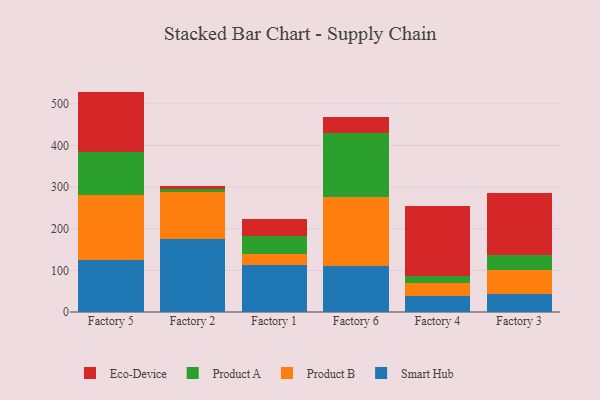
{"axis": {"x": "Factory", "y": "Shipments"}, "legend": ["Eco-Device", "Product A", "Product B", "Smart Hub"], "data": [{"x": "Factory 5", "y": 125.6, "type": "Smart Hub"}, {"x": "Factory 5", "y": 155.3, "type": "Product B"}, {"x": "Factory 5", "y": 104.4, "type": "Product A"}, {"x": "Factory 5", "y": 144.1, "type": "Eco-Device"}, {"x": "Factory 2", "y": 175.6, "type": "Smart Hub"}, {"x": "Factory 2", "y": 113.3, "type": "Product B"}, {"x": "Factory 2", "y": 7.5, "type": "Product A"}, {"x": "Factory 2", "y": 6.3, "type": "Eco-Device"}, {"x": "Factory 1", "y": 113.0, "type": "Smart Hub"}, {"x": "Factory 1", "y": 25.5, "type": "Product B"}, {"x": "Factory 1", "y": 43.0, "type": "Product A"}, {"x": "Factory 1", "y": 41.7, "type": "Eco-Device"}, {"x": "Factory 6", "y": 110.9, "type": "Smart Hub"}, {"x": "Factory 6", "y": 165.3, "type": "Product B"}, {"x": "Factory 6", "y": 154.9, "type": "Product A"}, {"x": "Factory 6", "y": 37.1, "type": "Eco-Device"}, {"x": "Factory 4", "y": 39.1, "type": "Smart Hub"}, {"x": "Factory 4", "y": 31.7, "type": "Product B"}, {"x": "Factory 4", "y": 16.6, "type": "Product A"}, {"x": "Factory 4", "y": 166.8, "type": "Eco-Device"}, {"x": "Factory 3", "y": 42.7, "type": "Smart Hub"}, {"x": "Factory 3", "y": 58.4, "type": "Product B"}, {"x": "Factory 3", "y": 34.8, "type": "Product A"}, {"x": "Factory 3", "y": 149.9, "type": "Eco-Device"}]}